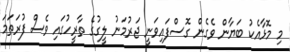
މި މޮޅާއެކު ބަޔާން ވެގެން ގޮސްފައިވަނީ ޖަރުމަނު ލީގުގެ ތާރީހުގައި ވެސް ފުރަތަމަ